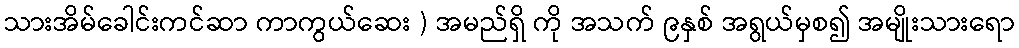
သားအိမ်ခေါင်းကင်ဆာ ကာကွယ်ဆေး ) အမည်ရှိ ကို အသက် ၉နှစ် အရွယ်မှစ၍ အမျိုးသားရော